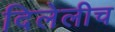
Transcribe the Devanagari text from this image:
दिलेलीच